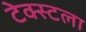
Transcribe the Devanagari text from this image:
टेक्स्टला